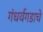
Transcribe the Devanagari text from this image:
गंधर्वगडाचे